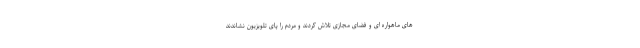
های ماهواره ای و فضای مجازی تلاش کردند و مردم را پای تلویزیون نشاندند